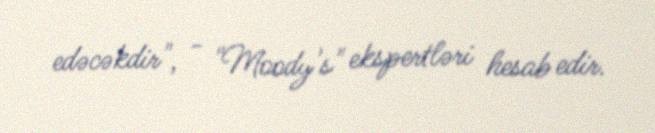
edəcəkdir", - "Moody's" ekspertləri hesab edir.